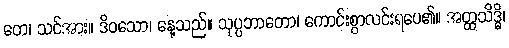
တေ၊ သင်အား။ ဒိဝသော၊ နေ့သည်။ သုပ္ပဘာတော၊ ကောင်းစွာလင်းရပေ၏။ အတ္ထသိဒ္ဓိ၊